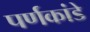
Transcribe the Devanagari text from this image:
पर्णकांडे